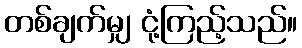
တစ်ချက်မျှ ငုံ့ကြည့်သည်။